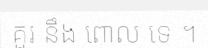
គួរ នឹង ពោល ទេ ។